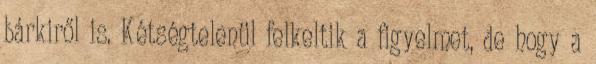
bárkiről is. Kétségtelenül felkeltik a figyelmet, de hogy a